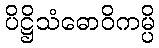
ပိဋ္ဌိသံဓောဝိကမ္ပိ